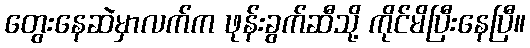
တွေးနေဆဲမှာလက်က ဖုန်းခွက်ဆီသို့ ကိုင်မိပြီးနေပြီ။